Malaria in the Punjab - Number 46
Disease focus: Malaria
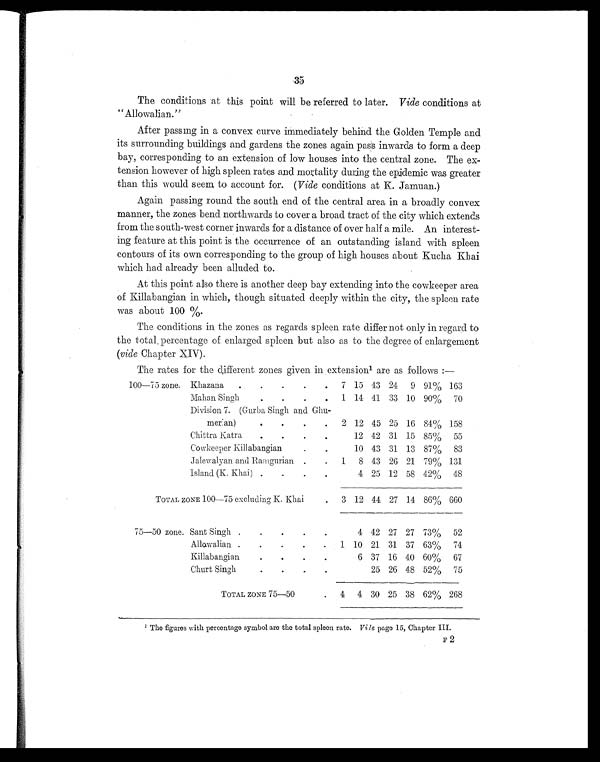
35
The conditions at this point will be referred to later. Vide conditions at
"Allowalian."
After passing in a convex curve immediately behind the Golden Temple and
its surrounding buildings and gardens the zones again pass inwards to form a deep
bay, corresponding to an extension of low houses into the central zone. The ex-
tension however of high spleen rates and mortality during the epidemic was greater
than this would seem to account for. ( Vide conditions at K. Jamuan.)
Again passing round the south end of the central area in a broadly convex
manner, the zones bend northwards to cover a broad tract of the city which extends
from the south-west corner inwards for a distance of over half a mile. An interest-
ing feature at this point is the occurrence of an outstanding island with spleen
contours of its own corresponding to the group of high houses about Kucha Khai
which had already been alluded to.
At this point also there is another deep bay extending into the cowkeeper area
of Killabangian in which, though situated deeply within the city, the spleen rate
was about 100
% .
The conditions in the zones as regards spleen rate differ not only in regard to
the total percentage of enlarged spleen but also as to the degree of enlargement
(vide Chapter XIV).
The rates for the different zones given in extension 1 are as follows :—
100—75 zone. Khazana
.
.
.
.
.
7 15 43 24
9 91% 163
Mahan Singh
.
.
.
.
1 14 41 33 10 90%
70
Division 7. (Gurba Singh and Ghu-
merian)
.
.
.
.
2 12 45 25 16 84% 158
Chittra Katra
.
.
.
.
12 42 31 15 85%
55
Cowkeeper Killabangian
.
.
10 43 31 13 87%
83
Jalewalyan and Ramgurian .
.
1 8 43 26 21 79% 131
Island (K. Khai) .
.
.
.
4 25 12 58 42%
48
TOTAL ZONE 100—75 excluding K. Khai
.
3 12 44 27 14 86% 660
75—50 zone. Sant Singh .
.
.
.
.
4 42 27 27 73%
52
Allowalian .
.
.
.
.
1 10 21 31 37 63%
74
Killabangian
.
.
.
.
6 37 16 40 60%
67
Churt Singh
.
.
.
.
2 5 26 48 52% 75
TOTAL ZONE 75—50
.
4
4 30 25 38 62% 268
V i l e
p a g e 1 5 , C h a p t e r I I I .
F 2